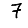
Digit: 7